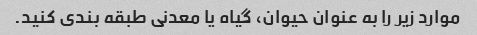
موارد زیر را به عنوان حیوان، گیاه یا معدنی طبقه بندی کنید.